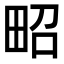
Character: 𤱠